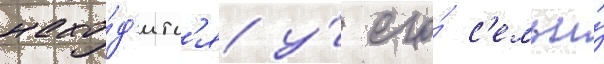
нахо́д'итс'я у́ его́ с'емьи́